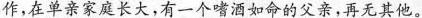
作，在单亲家庭长大，有一个嗜酒如命的父亲，再无其他。